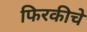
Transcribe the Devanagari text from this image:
फिरकीचे